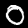
Label: 0